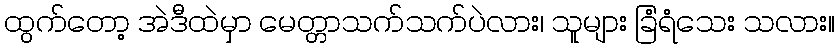
ထွက်တော့ အဲဒီထဲမှာ မေတ္တာသက်သက်ပဲလား၊ သူများ ခြံရံသေး သလား။